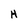
Character: H